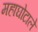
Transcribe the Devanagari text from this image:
महाघोटाले